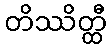
တိဿိတ္ထီ